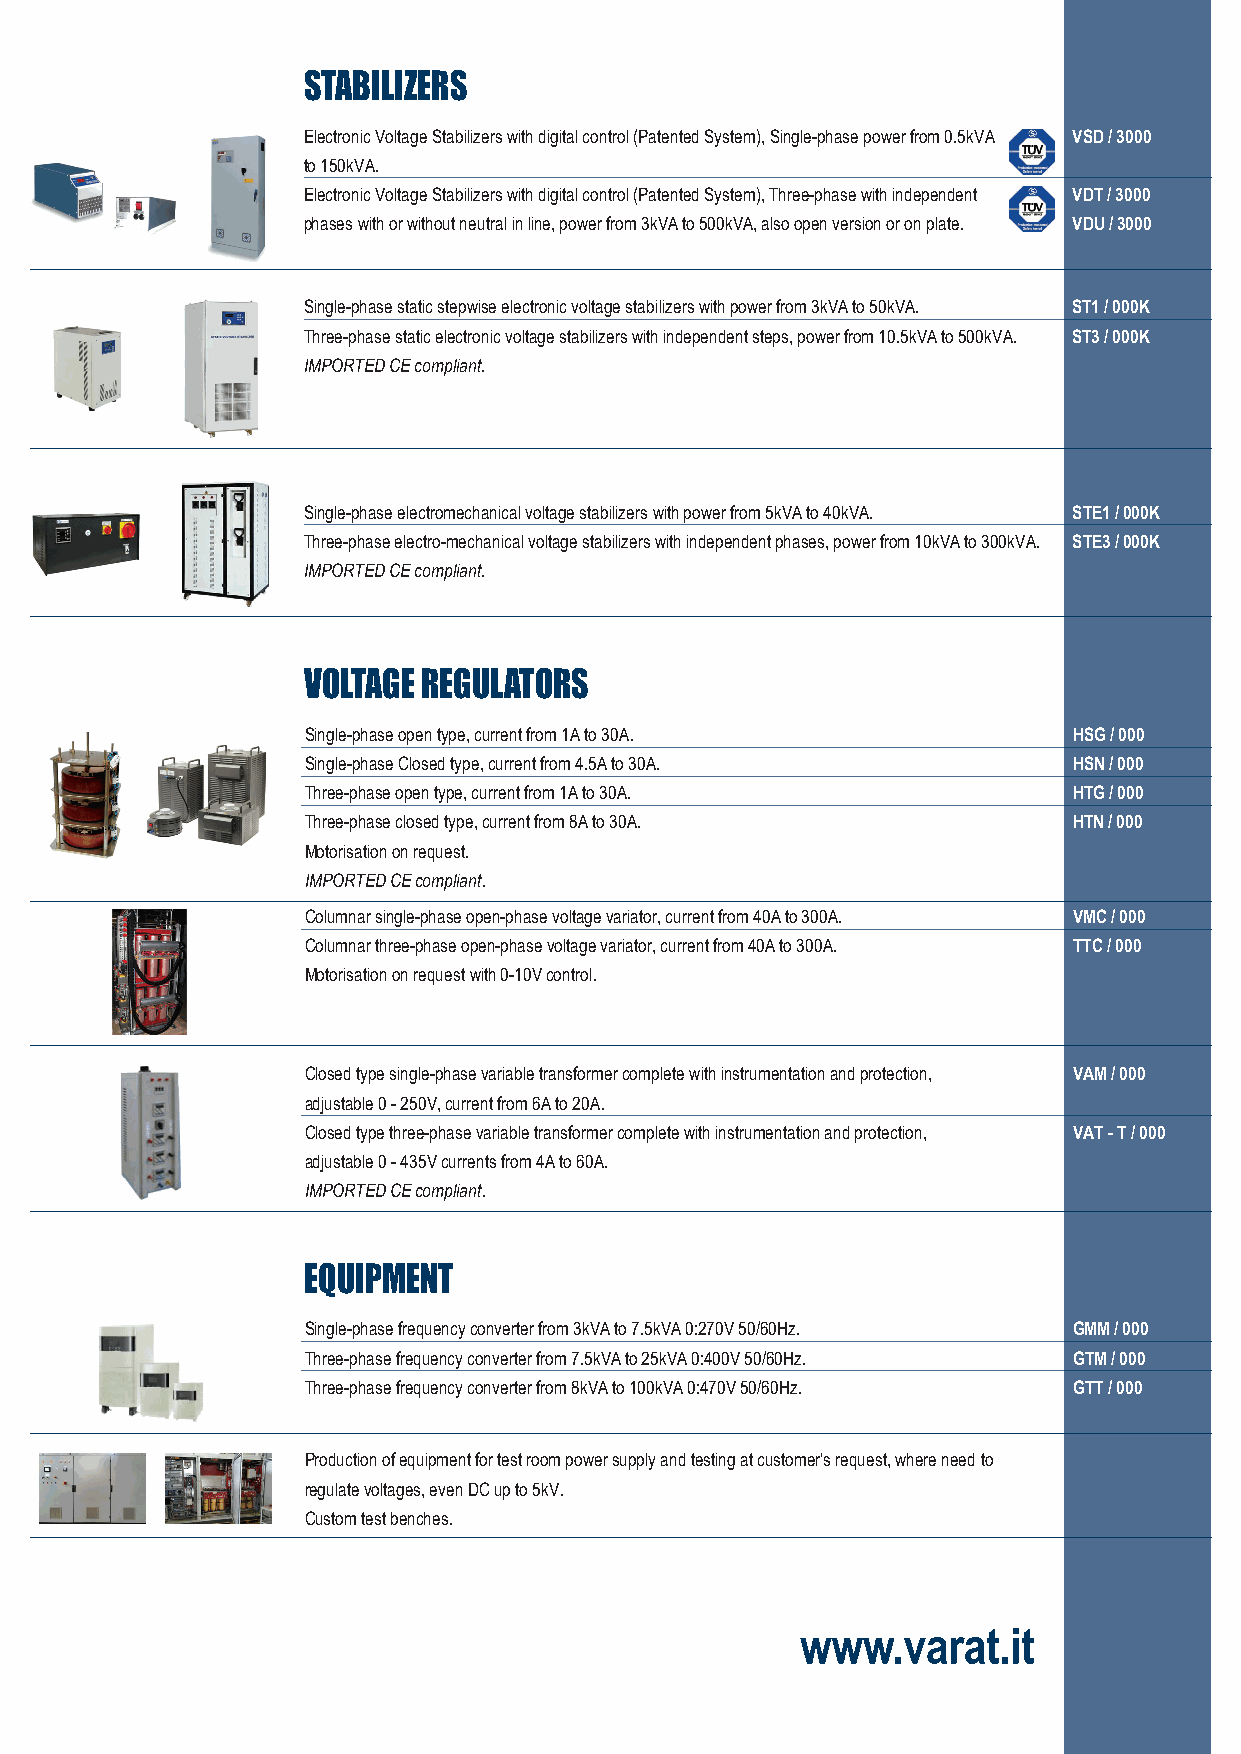
STABILIZERS
 Electronic Voltage Stabilizers with digital control (Patented System), Single-phase power from 0.5kVA VSD / 3000
 to 150kVA.
 Electronic Voltage Stabilizers with digital control (Patented System), Three-phase with independent VDT / 3000
 phases with or without neutral in line, power from 3kVA to 500kVA, also open version or on plate. VDU / 3000
 Single-phase static stepwise electronic voltage stabilizers with power from 3kVA to 50kVA. ST1 / 000K
 Three-phase static electronic voltage stabilizers with independent steps, power from 10.5kVA to 500kVA. ST3 / 000K
 IMPORTED CE compliant.
 Single-phase electromechanical voltage stabilizers with power from 5kVA to 40kVA. STE1 / 000K
 Three-phase electro-mechanical voltage stabilizers with independent phases, power from 10kVA to 300kVA. STE3 / 000K
 IMPORTED CE compliant.
 VOLTAGE REGULATORS
 Single-phase open type, current from 1A to 30A.    HSG / 000
 Single-phase Closed type, current from 4.5A to 30A. HSN / 000
 Three-phase open type, current from 1A to 30A.     HTG / 000
 Three-phase closed type, current from 8A to 30A.   HTN / 000
 Motorisation on request.
 IMPORTED CE compliant.
 Columnar single-phase open-phase voltage variator, current from 40A to 300A. VMC / 000
 Columnar three-phase open-phase voltage variator, current from 40A to 300A. TTC / 000
 Motorisation on request with 0-10V control.
 Closed type single-phase variable transformer complete with instrumentation and protection, VAM / 000
 adjustable 0 - 250V, current from 6A to 20A.
 Closed type three-phase variable transformer complete with instrumentation and protection, VAT - T / 000
 adjustable 0 - 435V currents from 4A to 60A.
 IMPORTED CE compliant.
 EQUIPMENT
 Single-phase frequency converter from 3kVA to 7.5kVA 0:270V 50/60Hz. GMM / 000
 Three-phase frequency converter from 7.5kVA to 25kVA 0:400V 50/60Hz. GTM / 000
 Three-phase frequency converter from 8kVA to 100kVA 0:470V 50/60Hz. GTT / 000
 Production of equipment for test room power supply and testing at customer's request, where need to
 regulate voltages, even DC up to 5kV.
 Custom test benches.
 www.varat.it